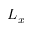
L _ { x }